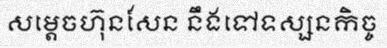
សម្តេចហ៊ុនសែន នឹងទៅទស្សនកិច្ច